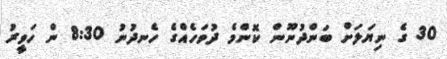
30 ގެ ނިޔަލަށް ބަންދުނޫން ކޮންމެ ދުވަހެއްގެ ހެނދުނު 8:30 ން ހަވީރު